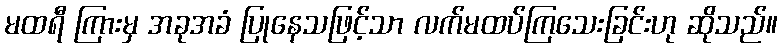
မထရီ ကြားမှ အခုအခံ ပြုနေသဖြင့်သာ လက်မထပ်ကြသေးခြင်းဟု ဆိုသည်။